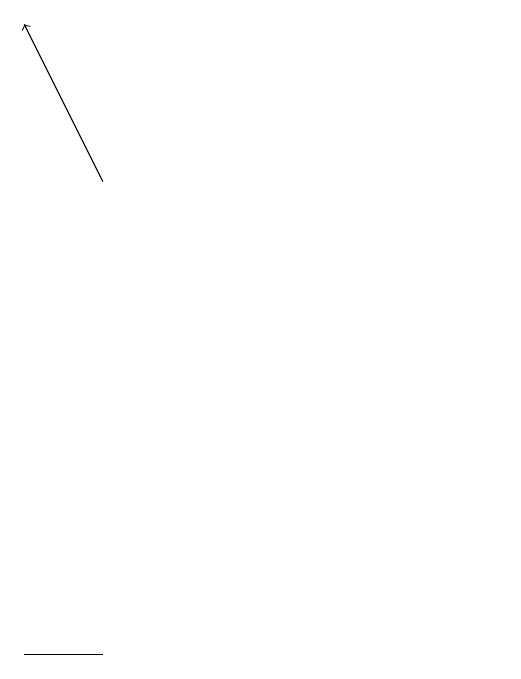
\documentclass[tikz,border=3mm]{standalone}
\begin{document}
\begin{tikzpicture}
\draw (11,11) circle (0);
\draw[->] (6,16) -- (5,18);
\draw (5,10) rectangle (6,10);
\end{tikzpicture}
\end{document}